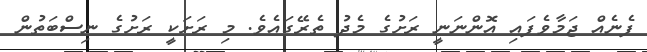
ފެނެއް ޖަމާވެފައި އޮންނަނީ ރަށުގެ މެދު ތެރޭގައެވެ. މި ރަށަކީ ރަށުގެ ނިސްބަތުން